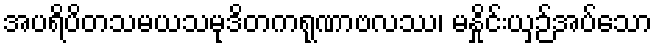
အပရိပိတသမယသမုဒိတကရုဏာဗလဿ၊ မနှိုင်းယှဉ်အပ်သော